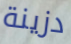
دزينة